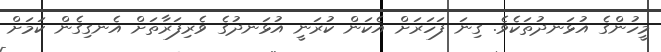
މީހުންގެ އުޅަނދުތަކެވެ. ގިނަ ފަހަރަށް އެކަން ކުރަނީ އުޅަނދުގެ ވެރިފަރާތަށް އެނގިގެން ކަމަށް